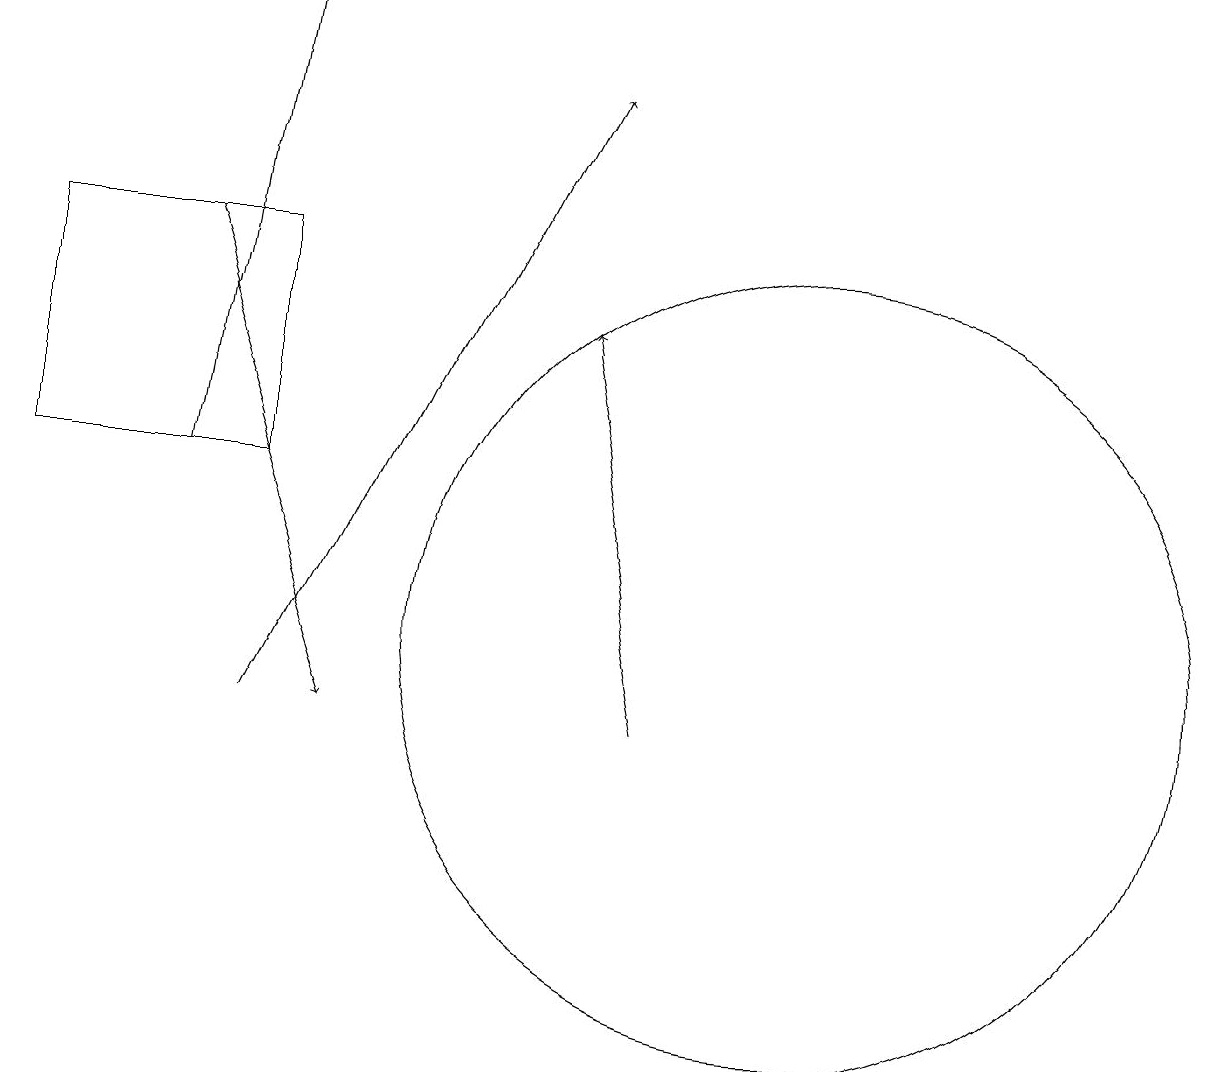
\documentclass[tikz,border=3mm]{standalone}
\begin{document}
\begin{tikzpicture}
\draw[->] (8,10) -- (7,15);
\draw[->] (2,13) -- (3,19);
\draw (3,16) rectangle (0,13);
\draw[->] (3,10) -- (7,18);
\draw[->] (2,16) -- (4,10);
\draw (10,11) circle (0);
\draw (10,11) circle (5);
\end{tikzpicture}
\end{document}